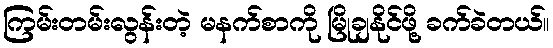
ကြမ်းတမ်းလွန်းတဲ့ မနက်စာကို မြိုချနိုင်ဖို့ ခက်ခဲတယ်။